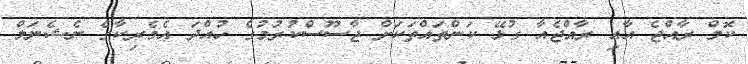
ކޮމް ރާއްޖެ އާއި ރާއްޖެއާ ގުޅޭ ކަންތައްތަކަށް ޖާސޫސްކުރުމުގެ ހުއްދަ އެމެރިކާގެ ނެޝެނަލް